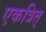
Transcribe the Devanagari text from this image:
एकत्रित्